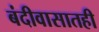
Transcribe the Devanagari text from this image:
बंदीवासातही